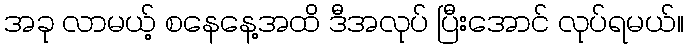
အခု လာမယ့် စနေနေ့အထိ ဒီအလုပ် ပြီးအောင် လုပ်ရမယ်။